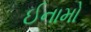
ઈનામો